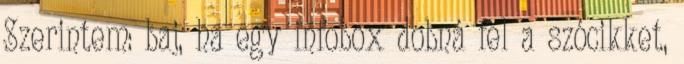
Szerintem: baj, ha egy infobox dobná fel a szócikket,